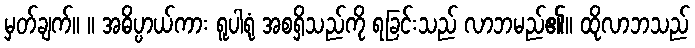
မှတ်ချက်။ ။ အဓိပ္ပာယ်ကား ရူပါရုံ အစရှိသည်ကို ရခြင်းသည် လာဘမည်၏။ ထိုလာဘသည်